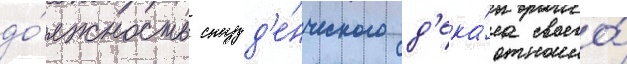
до́лжность студ'е́нческого д'ека́на своего́